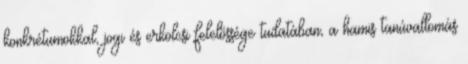
konkrétumokkal, jogi és erkölcsi felelőssége tudatában, a hamis tanúvallomás